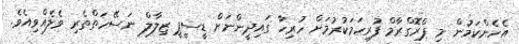
އެހެންކަމުން މި ޕްރޮގްރާމް ފުރިހަމަކުރުމަށް ހުރިހާ ގައިދީންނަށް ޑީސީޕީ ޒިލާލް ނަސޭހަތްތެރި ވެލެއްވިއެވެ.